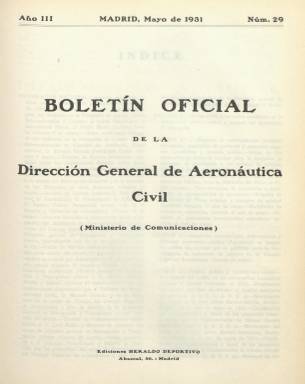
Título: Boletín oficial de la Dirección General de Aeronáutica Civil
Colección: Aviación
Ámbito geográfico: Madrid
Lugar de publicación: Madrid
Fechas: 01/05/1931-30/06/1934

Esta publicación es continuación del Boletín Oficial de la Dirección General de Navegación y Transportes Aéreos, cuyo último número se publicó en abril de 1931 coincidiendo con el advenimiento de la II República. De hecho, el nuevo boletín mantiene la numeración del primero y los contenidos son muy similares, aunque lo que cambia son los cargos públicos responsables al haber sido destituidos los anteriores y nombrados otros por el nuevo Gobierno.

  Una de las informaciones más interesantes de esta publicación, desde el punto de vista histórico y social, es todo lo que tiene que ver con los movimientos de pasajeros y mercancías en estos primeros años de la aviación civil, que todavía tenía una fuerte dependencia de la aeronáutica militar al ser los pilotos miembros del ejército en su mayoría.

   Las líneas aéreas principales eran las de Madrid-Barcelona y Madrid-Sevilla. En la capital de España todavía no estaba operativo el aeropuerto de Barajas en 1931, por lo que los vuelos salían y aterrizaban en el aeródromo de Getafe.

   Así vemos que, por ejemplo, en mayo de 1931 fueron transportados en las distintas líneas aéreas un total de 498 personas, de las cuales lógicamente la inmensa mayoría, 448, eran de nacionalidad española. Entre los extranjeros destacan los pasajeros alemanes (13) y los norteamericanos (9).

   Del total de personas transportadas sólo 52 fueron mujeres, es decir, poco más de 10%, lo que indica que el público de este nuevo medio de transporte era todavía predominantemente masculino. Las estadísticas informan también del correo transportado, así como del equipaje y mercancías.

   Todos estos datos eran suministrados mensualmente en el boletín, que igualmente siguió publicando planos e informaciones técnicas de los diferentes aeródromos de España, así como la política aérea y la normativa que iba entrando en vigor en relación con esta actividad. El índice o sumario por secciones daba cuenta del contenido de cada número.

  Como dato curioso cabe destacar que, en el boletín de noviembre de 1933, mes en que tuvieron lugar las primeras elecciones general en las que las mujeres pudieron votar, una orden ministerial prohibió la utilización de los aeródromos y servicios de aviación a toda clase de aparatos de vuelo que se dedicaran a la propaganda electoral o comercial. Se prohibía también a los aviones civiles volar sobre las poblaciones.

 En el boletín correspondiente a mayo de 1934, con el estatuto de autonomía de Cataluña ya plenamente efectivo, se puede leer un decreto en el que se valoran los servicios de Aviación Civil traspasados a la Generalitat.

   El boletín cesó en junio de 1934 y fue continuado por otro llamado Boletín Oficial de la Dirección General de Aeronáutica, tras la reorganización de todos los servicios tanto civiles como militares relacionados con la aviación.

[Descripción publicada el 17/08/2022]